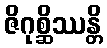
ဇိဂုစ္ဆိဿန္တိ